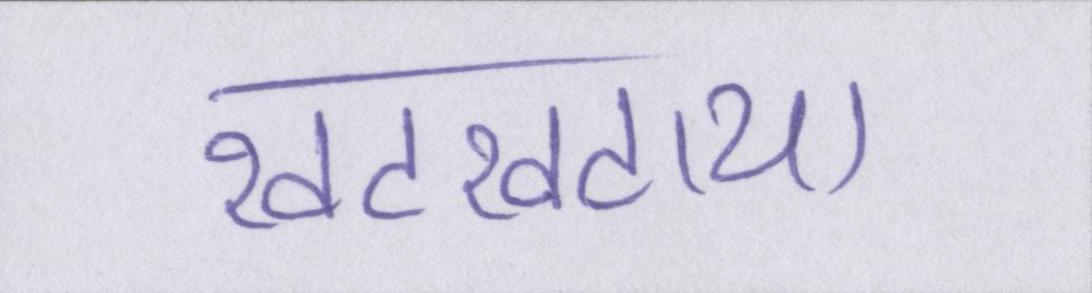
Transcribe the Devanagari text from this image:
खटखटाया